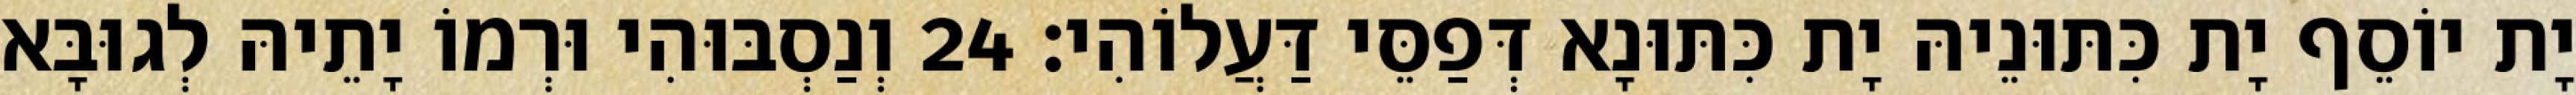
יָת יוֹסֵף יָת כִּתּוּנֵיהּ יָת כִּתּוּנָא דְּפַסֵּי דַּעֲלוֹהִי׃ 24 וְנַסְבּוּהִי וּרְמוֹ יָתֵיהּ לְגוּבָּא